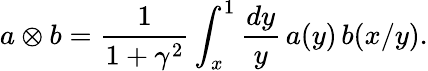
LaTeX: a\otimes b=\frac{1}{1+\gamma^{2}}\int_{x}^{1}\frac{dy}{y}\, a(y)\, b(x/y).